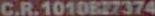
C.R.1010827374